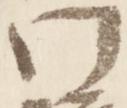
門